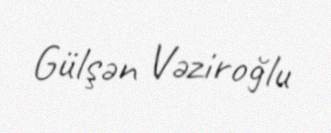
Gülşən Vəziroğlu